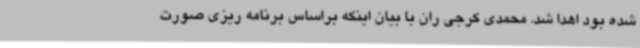
شده بود اهدا شد. محمدی کرجی ران با بیان اینکه براساس برنامه ریزی صورت